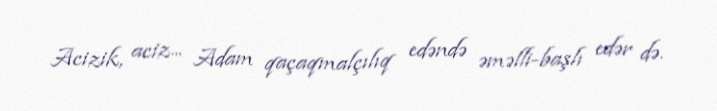
Acizik, aciz... Adam qaçaqmalçılıq edəndə əməlli-başlı edər də.